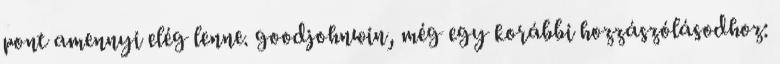
pont amennyi elég lenne. goodjohnwin, még egy korábbi hozzászólásodhoz: